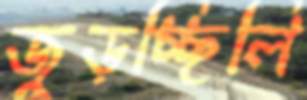
জুড়চ্ছিলি